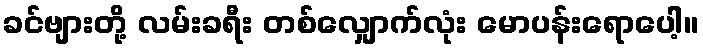
ခင်ဗျားတို့ လမ်းခရီး တစ်လျှောက်လုံး မောပန်းရောပေါ့။